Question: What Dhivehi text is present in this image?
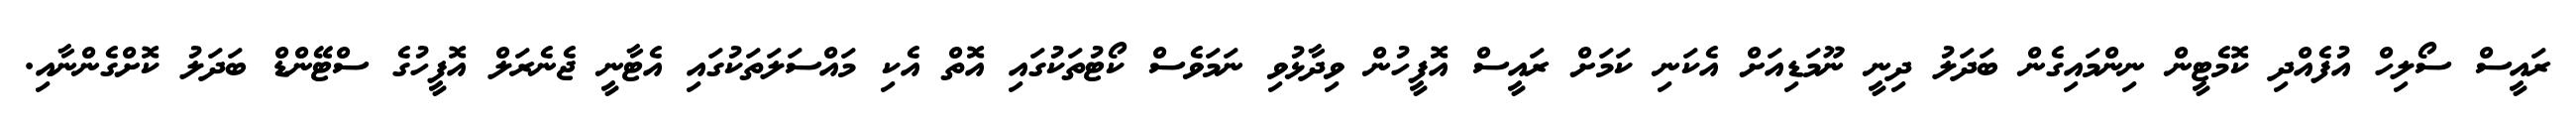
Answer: ރައީސް ސޯލިހް އުފެއްދި ކޮމެޓީން ނިންމައިގެން ބަދަލު ދިނީ ނޫމަޑިއަށް އެކަނި ކަމަށް ރައީސް އޮފީހުން ވިދާޅުވި ނަމަވެސް ކޯޓުތަކުގައި އޮތް އެކި މައްސަލަތަކުގައި އެޓާނީ ޖެނެރަލް އޮފީހުގެ ސްޓޭންޑް ބަދަލު ކޮށްގެންނާއި.